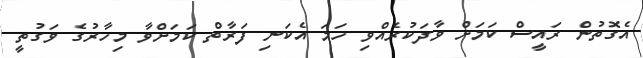
އެގޮތުން ރައީސް ކަމަށް ވާދަކުރެއްވި ހަމަ އެކަނި ފަރާތް ކަމަށްވާ މިހާރުގެ ވަގުތީ